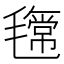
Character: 𣰎